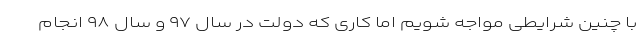
با چنین شرایطی مواجه شویم اما کاری که دولت در سال ۹۷ و سال ۹۸ انجام